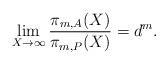
LaTeX: \begin{align*} \lim_{X\to \infty} \frac{\pi_{m,A}(X)}{\pi_{m,P}(X)}=d^{m}.\end{align*}